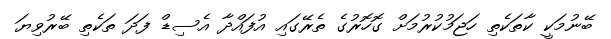
ބޭނުމަކީ ކާތަކެތި ހަޖަމުކުރުމަށް ގޮހޮރުގެ ތެރޭގައި އުފައްދާ އެސިޑް ފަދަ ތަކެތި ބޭރުވިޔަ